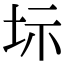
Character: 𡊆